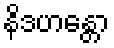
နိဒဟန္တော